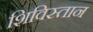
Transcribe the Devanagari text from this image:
शिविस्तान